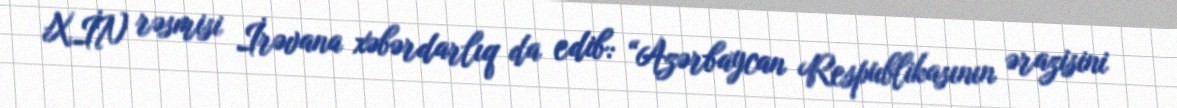
XİN rəsmisi İrəvana xəbərdarlıq da edib: “Azərbaycan Respublikasının ərazisini